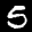
Label: 5